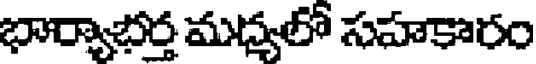
భార్యాభర్త మధ్యలో సహకారం